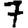
Digit: 7